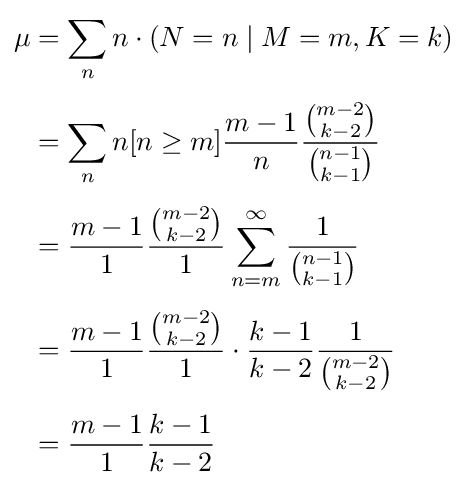
{\begin{aligned}\mu &=\sum _{n}n\cdot (N=n\mid M=m,K=k)\\[4pt]&=\sum _{n}n[n\geq m]{\frac {m-1}{n}}{\frac {\binom {m-2}{k-2}}{\binom {n-1}{k-1}}}\\[4pt]&={\frac {m-1}{1}}{\frac {\binom {m-2}{k-2}}{1}}\sum _{n=m}^{\infty }{\frac {1}{\binom {n-1}{k-1}}}\\[4pt]&={\frac {m-1}{1}}{\frac {\binom {m-2}{k-2}}{1}}\cdot {\frac {k-1}{k-2}}{\frac {1}{\binom {m-2}{k-2}}}\\[4pt]&={\frac {m-1}{1}}{\frac {k-1}{k-2}}\end{aligned}}